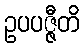
ဥပပဇ္ဇီတိ